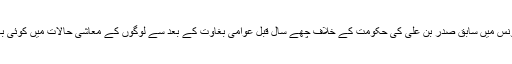
واضح رہے کہ تیونس میں سابق صدر بن علی کی حکومت کے خلاف چھے سال قبل عوامی بغاوت کے بعد سے لوگوں کے معاشی حالات میں کوئی بہتری نہیں آئی ہے۔